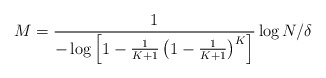
\begin{align*}M=\frac{1}{-\log \left[1-\frac{1}{K+1}\left(1-\frac{1}{K+1}\right)^K\right]}\log N/\delta\end{align*}